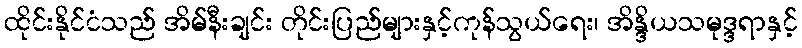
ထိုင်းနိုင်ငံသည် အိမ်နီးချင်း တိုင်းပြည်များနှင့်ကုန်သွယ်ရေး၊ အိန္ဒိယသမုဒ္ဒရာနှင့်